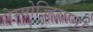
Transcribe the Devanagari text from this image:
सेम्मोज्हियाना